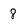
Character: 8